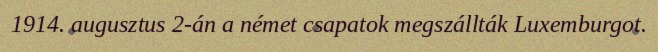
1914. augusztus 2-án a német csapatok megszállták Luxemburgot.